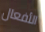
الأفعال